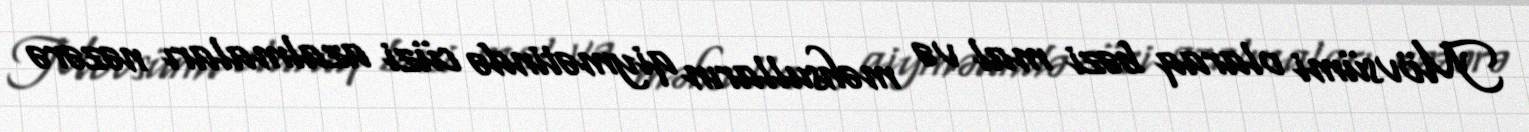
Mövsümi olaraq bəzi mal və məhsulların qiymətində cüzi azalmaları nəzərə